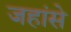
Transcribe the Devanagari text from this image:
जहांसे